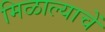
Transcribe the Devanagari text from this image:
मिळाल्याचें